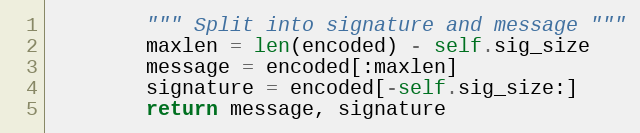
Language: Python
        """ Split into signature and message """
        maxlen = len(encoded) - self.sig_size
        message = encoded[:maxlen]
        signature = encoded[-self.sig_size:]
        return message, signature